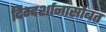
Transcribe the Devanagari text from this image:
दिग्दर्शानासोबत